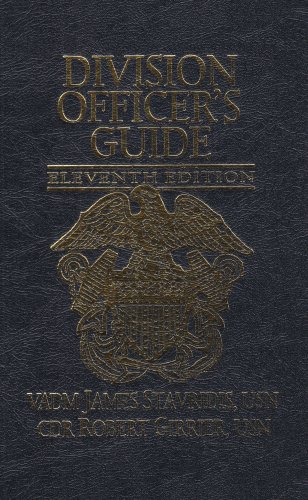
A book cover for Division Officer's Guide; Admiral James Stavridis; Test Preparation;